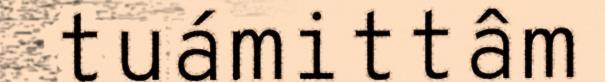
tuámittâm